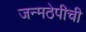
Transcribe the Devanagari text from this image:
जन्मठेपीची